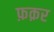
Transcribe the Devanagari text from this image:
फ़क़र